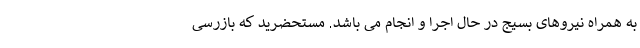
به همراه نیروهای بسیج در حال اجرا و انجام می باشد. مستحضرید که بازرسی